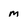
Character: M